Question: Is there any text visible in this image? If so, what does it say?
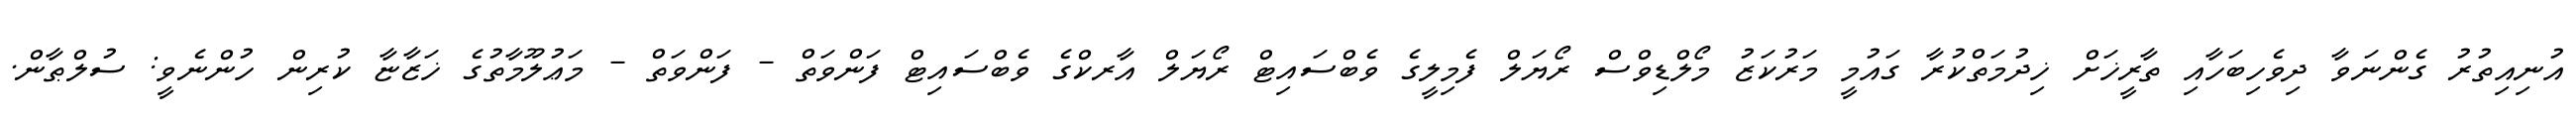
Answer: އުނިއިތުރު ގެންނަވާ ދިވެހިބަހާއި ތާރީޚަށް ޚިދުމަތްކުރާ ގައުމީ މަރުކަޒު މޯލްޑިވްސް ރޯޔަލް ފެމިލީގެ ވެބްސައިޓް ރޯޔަލް އާރކްގެ ވެބްސައިޓް ފަންވަތް - ފަންވަތް - މަޢުލޫމާތުގެ ޚަޒާޏާ ކުރިން ހުންނެވީ: ސުލްޠާން.